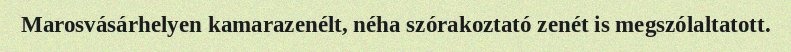
Marosvásárhelyen kamarazenélt, néha szórakoztató zenét is megszólaltatott.